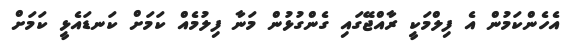
އެހެންކަމުން އެ ފިލްމަކީ ރާއްޖޭގައި ގެންގުޅުން މަނާ ފިލުމެއް ކަމަށް ކަނޑައެޅީ ކަމަށް